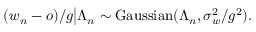
( w _ { n } - o ) / g \big | \Lambda _ { n } \sim \mathrm { G a u s s i a n } ( \Lambda _ { n } , \sigma _ { w } ^ { 2 } / g ^ { 2 } ) .